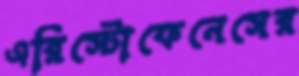
এরিস্টোফেনেসের